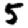
Digit: 5